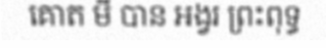
គោត មី បាន អង្វរ ព្រះពុទ្ធ